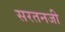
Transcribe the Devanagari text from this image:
सरतनजी